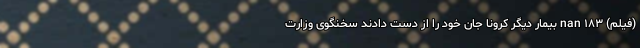
(فیلم) nan ۱۸۳ بیمار دیگر کرونا جان خود را از دست دادند سخنگوی وزارت